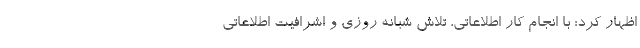
اظهار کرد: با انجام کار اطلاعاتی، تلاش شبانه روزی و اشرافیت اطلاعاتی